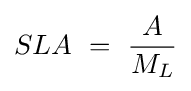
SLA\ =\ {\frac {A}{M_{L}}}